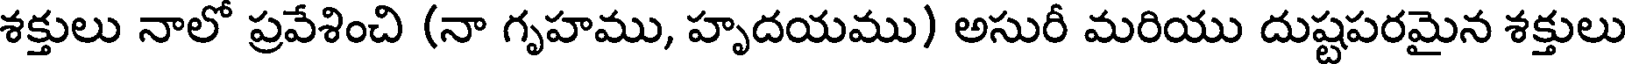
శక్తులు నాలో ప్రవేశించి (నా గృహము, హృదయము) అసురీ మరియు దుష్టపరమైన శక్తులు